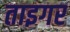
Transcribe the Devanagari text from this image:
ताइगर